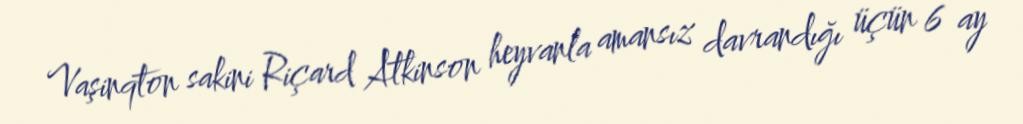
Vaşinqton sakini Riçard Atkinson heyvanla amansız davrandığı üçün 6 ay